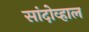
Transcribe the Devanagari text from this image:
सांदोव्हाल